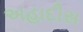
અહાદીસ